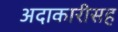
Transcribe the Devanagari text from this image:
अदाकारीसह